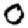
Digit: 0